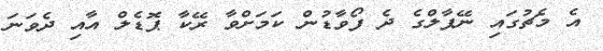
އެ މެޗުގައި ނޭޕާލްގެ ދެ ފޯވާޑުން ކަމަށްވާ ރޭކާ ޕޮޑެލް އާއި ދެވަނަ